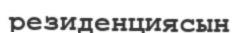
резиденциясын